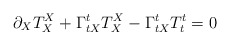
\begin{align*}\partial_{X}T^{X}_{X}+\Gamma^{t}_{tX}T^{X}_{X}-\Gamma ^{t}_{tX}T^{t}_{t}=0\end{align*}